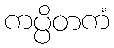
ကပ္ပိတကံ